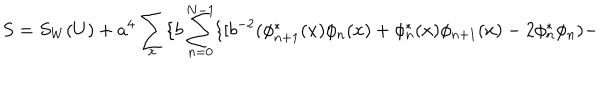
LaTeX: S = S _ { W } ( U ) + a ^ { 4 } \sum _ { x } \{ b \sum _ { n = 0 } ^ { N - 1 } \{ [ b ^ { - 2 } ( \phi _ { n + 1 } ^ { * } ( x ) \phi _ { n } ( x ) + \phi _ { n } ^ { * } ( x ) \phi _ { n + 1 } ( x ) - 2 \phi _ { n } ^ { * } \phi _ { n } ) -